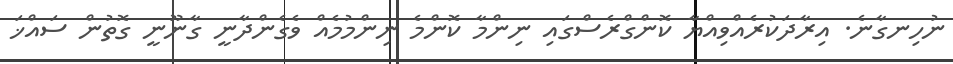
ނުހިނގާނެ. އިރާދަކުރެއްވިއްޔާ ކޮންގްރެސްގައި ނިންމާ ކޮންމެ ނިންމުމެއް ވެގެންދާނީ ގާނޫނީ ގޮތުން ސައްޚަ